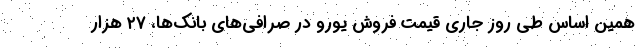
همین‌ اساس طی روز جاری قیمت فروش یورو در صرافی‌های بانک‌ها، ۲۷ هزار